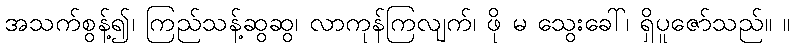
အသက်စွန့်၍၊ ကြည်သန့်ဆွဆွ၊ လာကုန်ကြလျက်၊ ဖို မ သွေးခေါ်၊ ရှိပူဇော်သည်။ ။